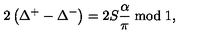
2 \left( \Delta ^ { + } - \Delta ^ { - } \right) = 2 S \frac { \alpha } { \pi } \bmod 1 ,